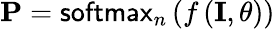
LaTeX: \mathbf{P}=\textsf{softmax}_{n}\left(f\left(\mathbf{I},\theta\right)\right)